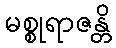
မစ္စုရာဇန္တိ